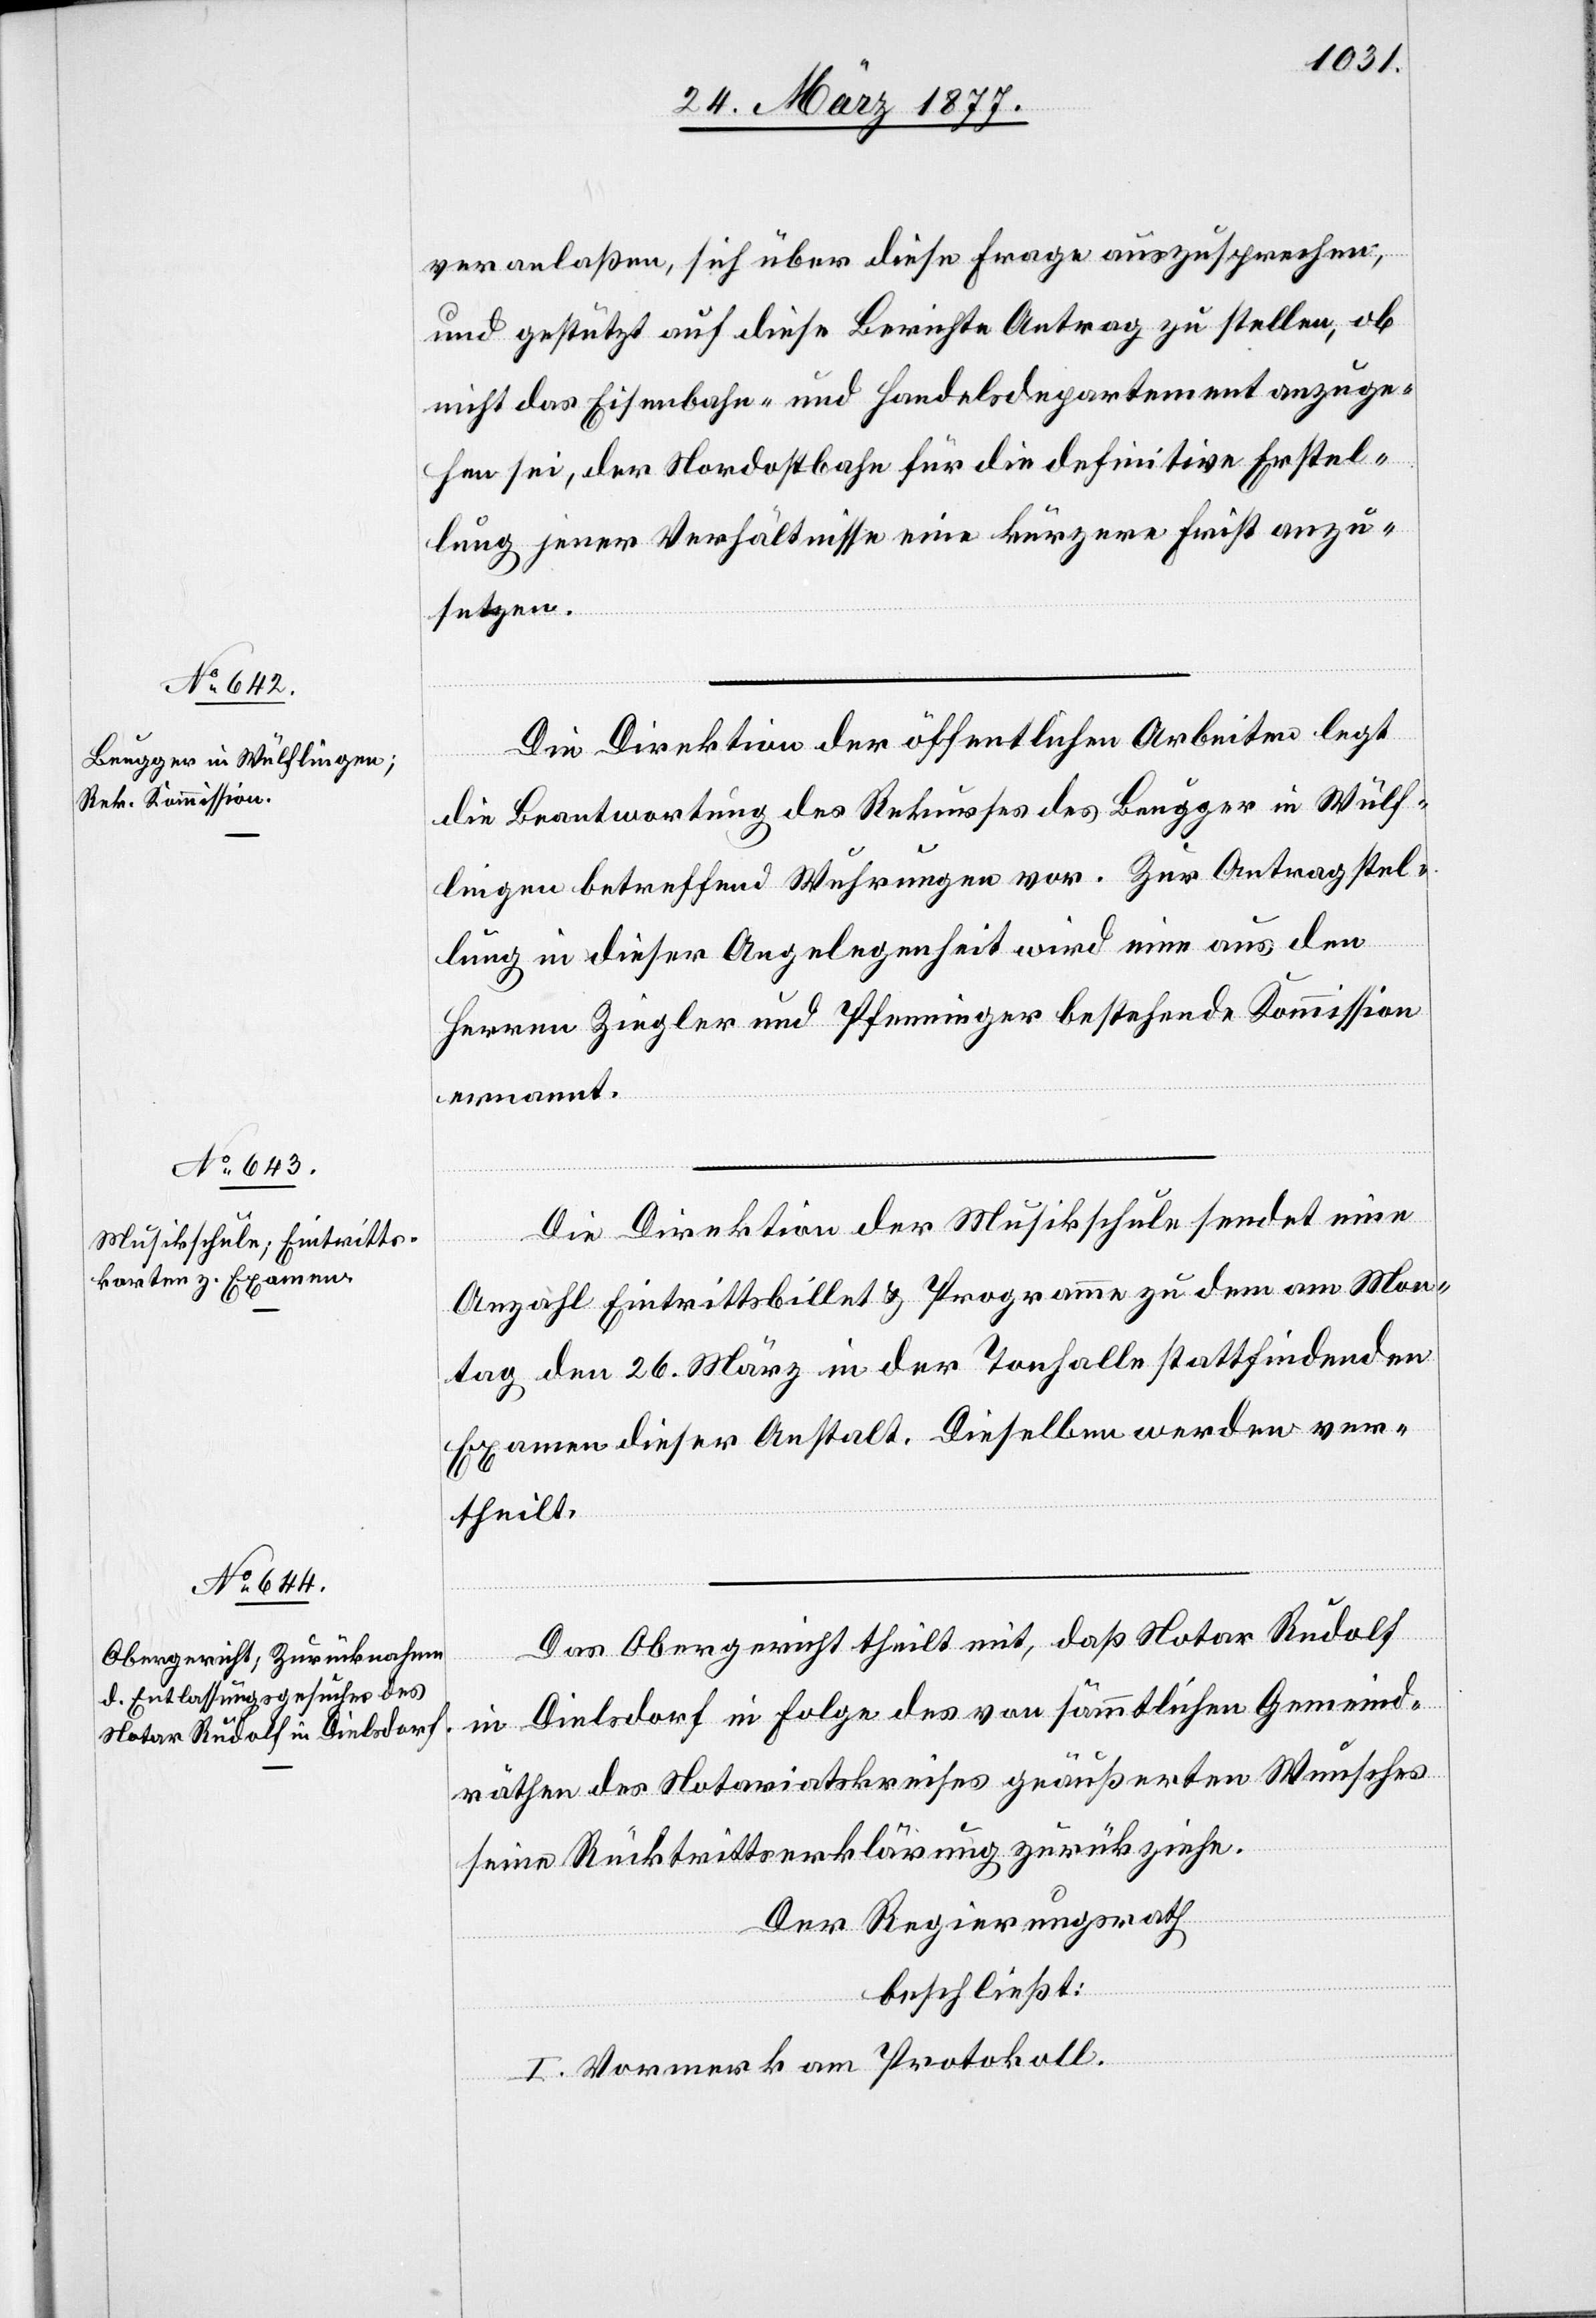
veranlaßen, sich über diese Frage auszusprechen,
und gestützt auf diese Berichte Antrag zu stellen, ob
nicht das Eisenbahn- und Handelsdepartement anzuge¬
hen sei, der Nordostbahn für die definitive Erstel¬
lung jener Verhältnisse eine kürzere Frist anzu¬
setzen.
Die Direktion der öffentlichen Arbeiten legt
die Beantwortung des Rekurses des Brugger in Wülf¬
lingen betreffend Wuhrungen vor. Zur Antragstel¬
lung in dieser Angelegenheit wird eine aus den
Herren Ziegler und Pfenninger bestehende Kommission
ernannt.
Die Direktion der Musikschule sendet eine
Anzahl von Eintrittsbillet & Programme zu dem am Mon¬
tag den 26. März in der Tonhalle stattfindenden
Examen dieser Anstalt. Dieselben werden ver¬
theilt.
Das Obergericht theilt mit, daß Notar Rudolf
in Dielsdorf in Folge des von sämmtlichen Gemeind¬
räthen des Notariatskreises geäußerten Wunsches
seine Rücktrittserklärung zurückziehe.
Der Regierungsrath
beschließt:
I. Vormerk am Protokoll.